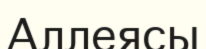
Аллеясы